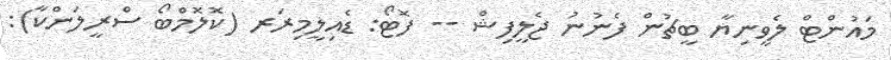
މައުންޓް ލެވީނިޔާ ބީޗުން ފެނުނު ޖެލީފިޝް -- ފޮޓޯ: ޑެއިލީމިރަރ (ކޮލޮމްބޯ ސްރީލަންކާ):